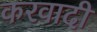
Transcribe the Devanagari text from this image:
करवादी